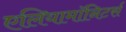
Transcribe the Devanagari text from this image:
एलियामॉनिटर्स